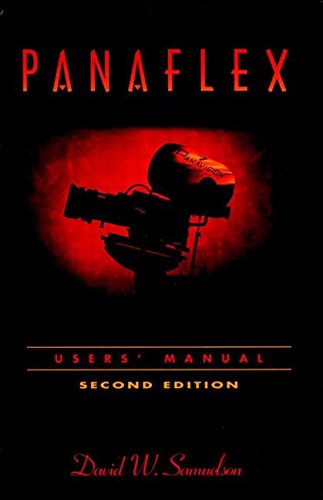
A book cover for Panaflex User's Manual; David Samuelson; Humor & Entertainment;